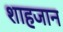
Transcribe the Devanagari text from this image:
शाहजान